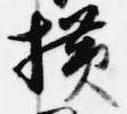
横